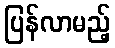
ပြန်လာမည့်